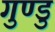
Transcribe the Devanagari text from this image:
गुण्डु